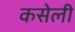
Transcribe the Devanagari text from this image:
कसेली